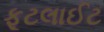
ફૂટલાઈટ